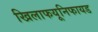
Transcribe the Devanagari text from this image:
खिलाफयूनिफायड